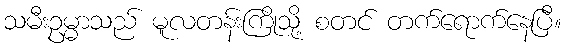
သမီးဥမ္မာသည် မူလတန်းကြိုသို့ စတင် တက်ရောက်နေပြီ။